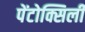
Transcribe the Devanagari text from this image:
पेंटोक्सिली